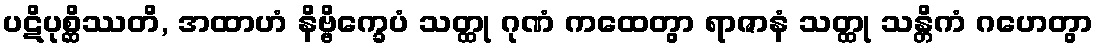
ပဋိပုစ္ဆိဿတိ, အထာဟံ နိဗ္ဗိက္ခေပံ သတ္ထု ဂုဏံ ကထေတွာ ရာဇာနံ သတ္ထု သန္တိကံ ဂဟေတွာ